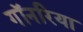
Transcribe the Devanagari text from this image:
गॉनरिया